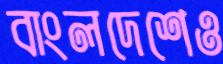
বাংলদেশেও